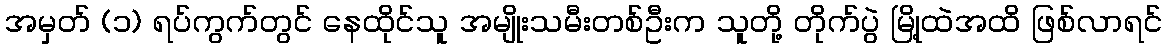
အမှတ် (၁) ရပ်ကွက်တွင် နေထိုင်သူ အမျိုးသမီးတစ်ဦးက သူတို့ တိုက်ပွဲ မြို့ထဲအထိ ဖြစ်လာရင်